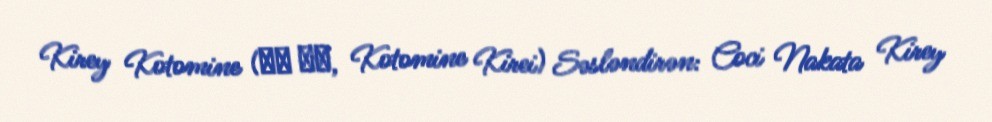
Kirey Kotomine (言峰 綺礼, Kotomine Kirei) Səsləndirən: Coci Nakata Kirey